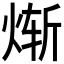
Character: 𬊗